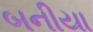
બનીયા